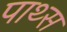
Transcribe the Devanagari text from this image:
पाथ्स